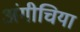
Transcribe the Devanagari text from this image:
अंगीचिया